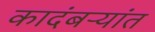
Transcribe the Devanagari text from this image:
कादंबऱ्यांत